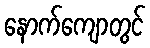
နောက်ကျောတွင်